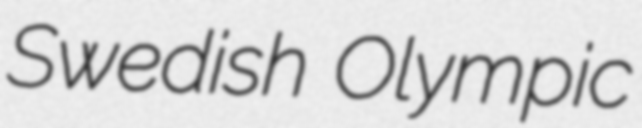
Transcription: Swedish Olympic